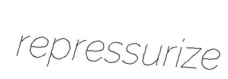
repressurize